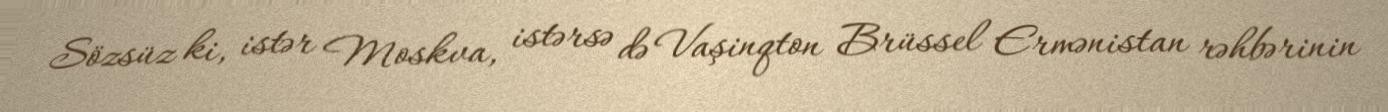
Sözsüz ki, istər Moskva, istərsə də Vaşinqton Brüssel Ermənistan rəhbərinin